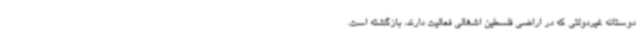
دوستانه غیردولتی که در اراضی فلسطین اشغالی فعالیت دارند، بازگشته است.